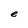
Character: e